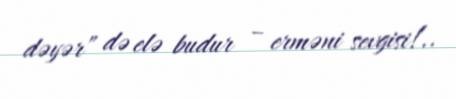
dəyər” də elə budur – erməni sevgisi!..